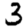
Digit: 3